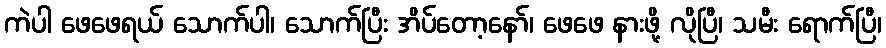
ကဲပါ ဖေဖေရယ် သောက်ပါ၊ သောက်ပြီး အိပ်တော့နော်၊ ဖေဖေ နားဖို့ လိုပြီ၊ သမီး ရောက်ပြီ၊